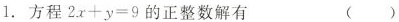
1.方程$$2 x + y = 9$$的正整数解有 ()